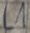
Text: L1